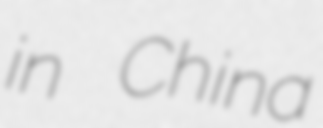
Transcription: in China